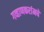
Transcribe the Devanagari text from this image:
गव्हाणकरांमधे